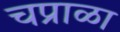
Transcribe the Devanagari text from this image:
चप्राळा